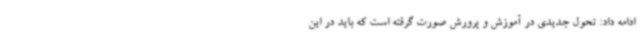
ادامه داد: تحول جدیدی در آموزش و پرورش صورت گرفته است که باید در این